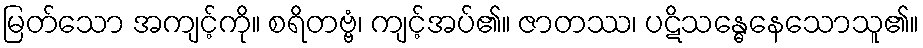
မြတ်သော အကျင့်ကို။ စရိတဗ္ဗံ၊ ကျင့်အပ်၏။ ဇာတဿ၊ ပဋိသန္ဓေနေသောသူ၏။